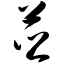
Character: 芗